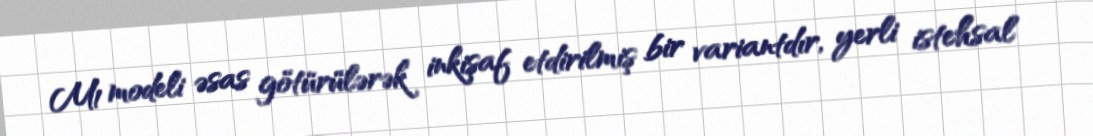
M1 modeli əsas götürülərək inkişaf etdirilmiş bir variantdır, yerli istehsal